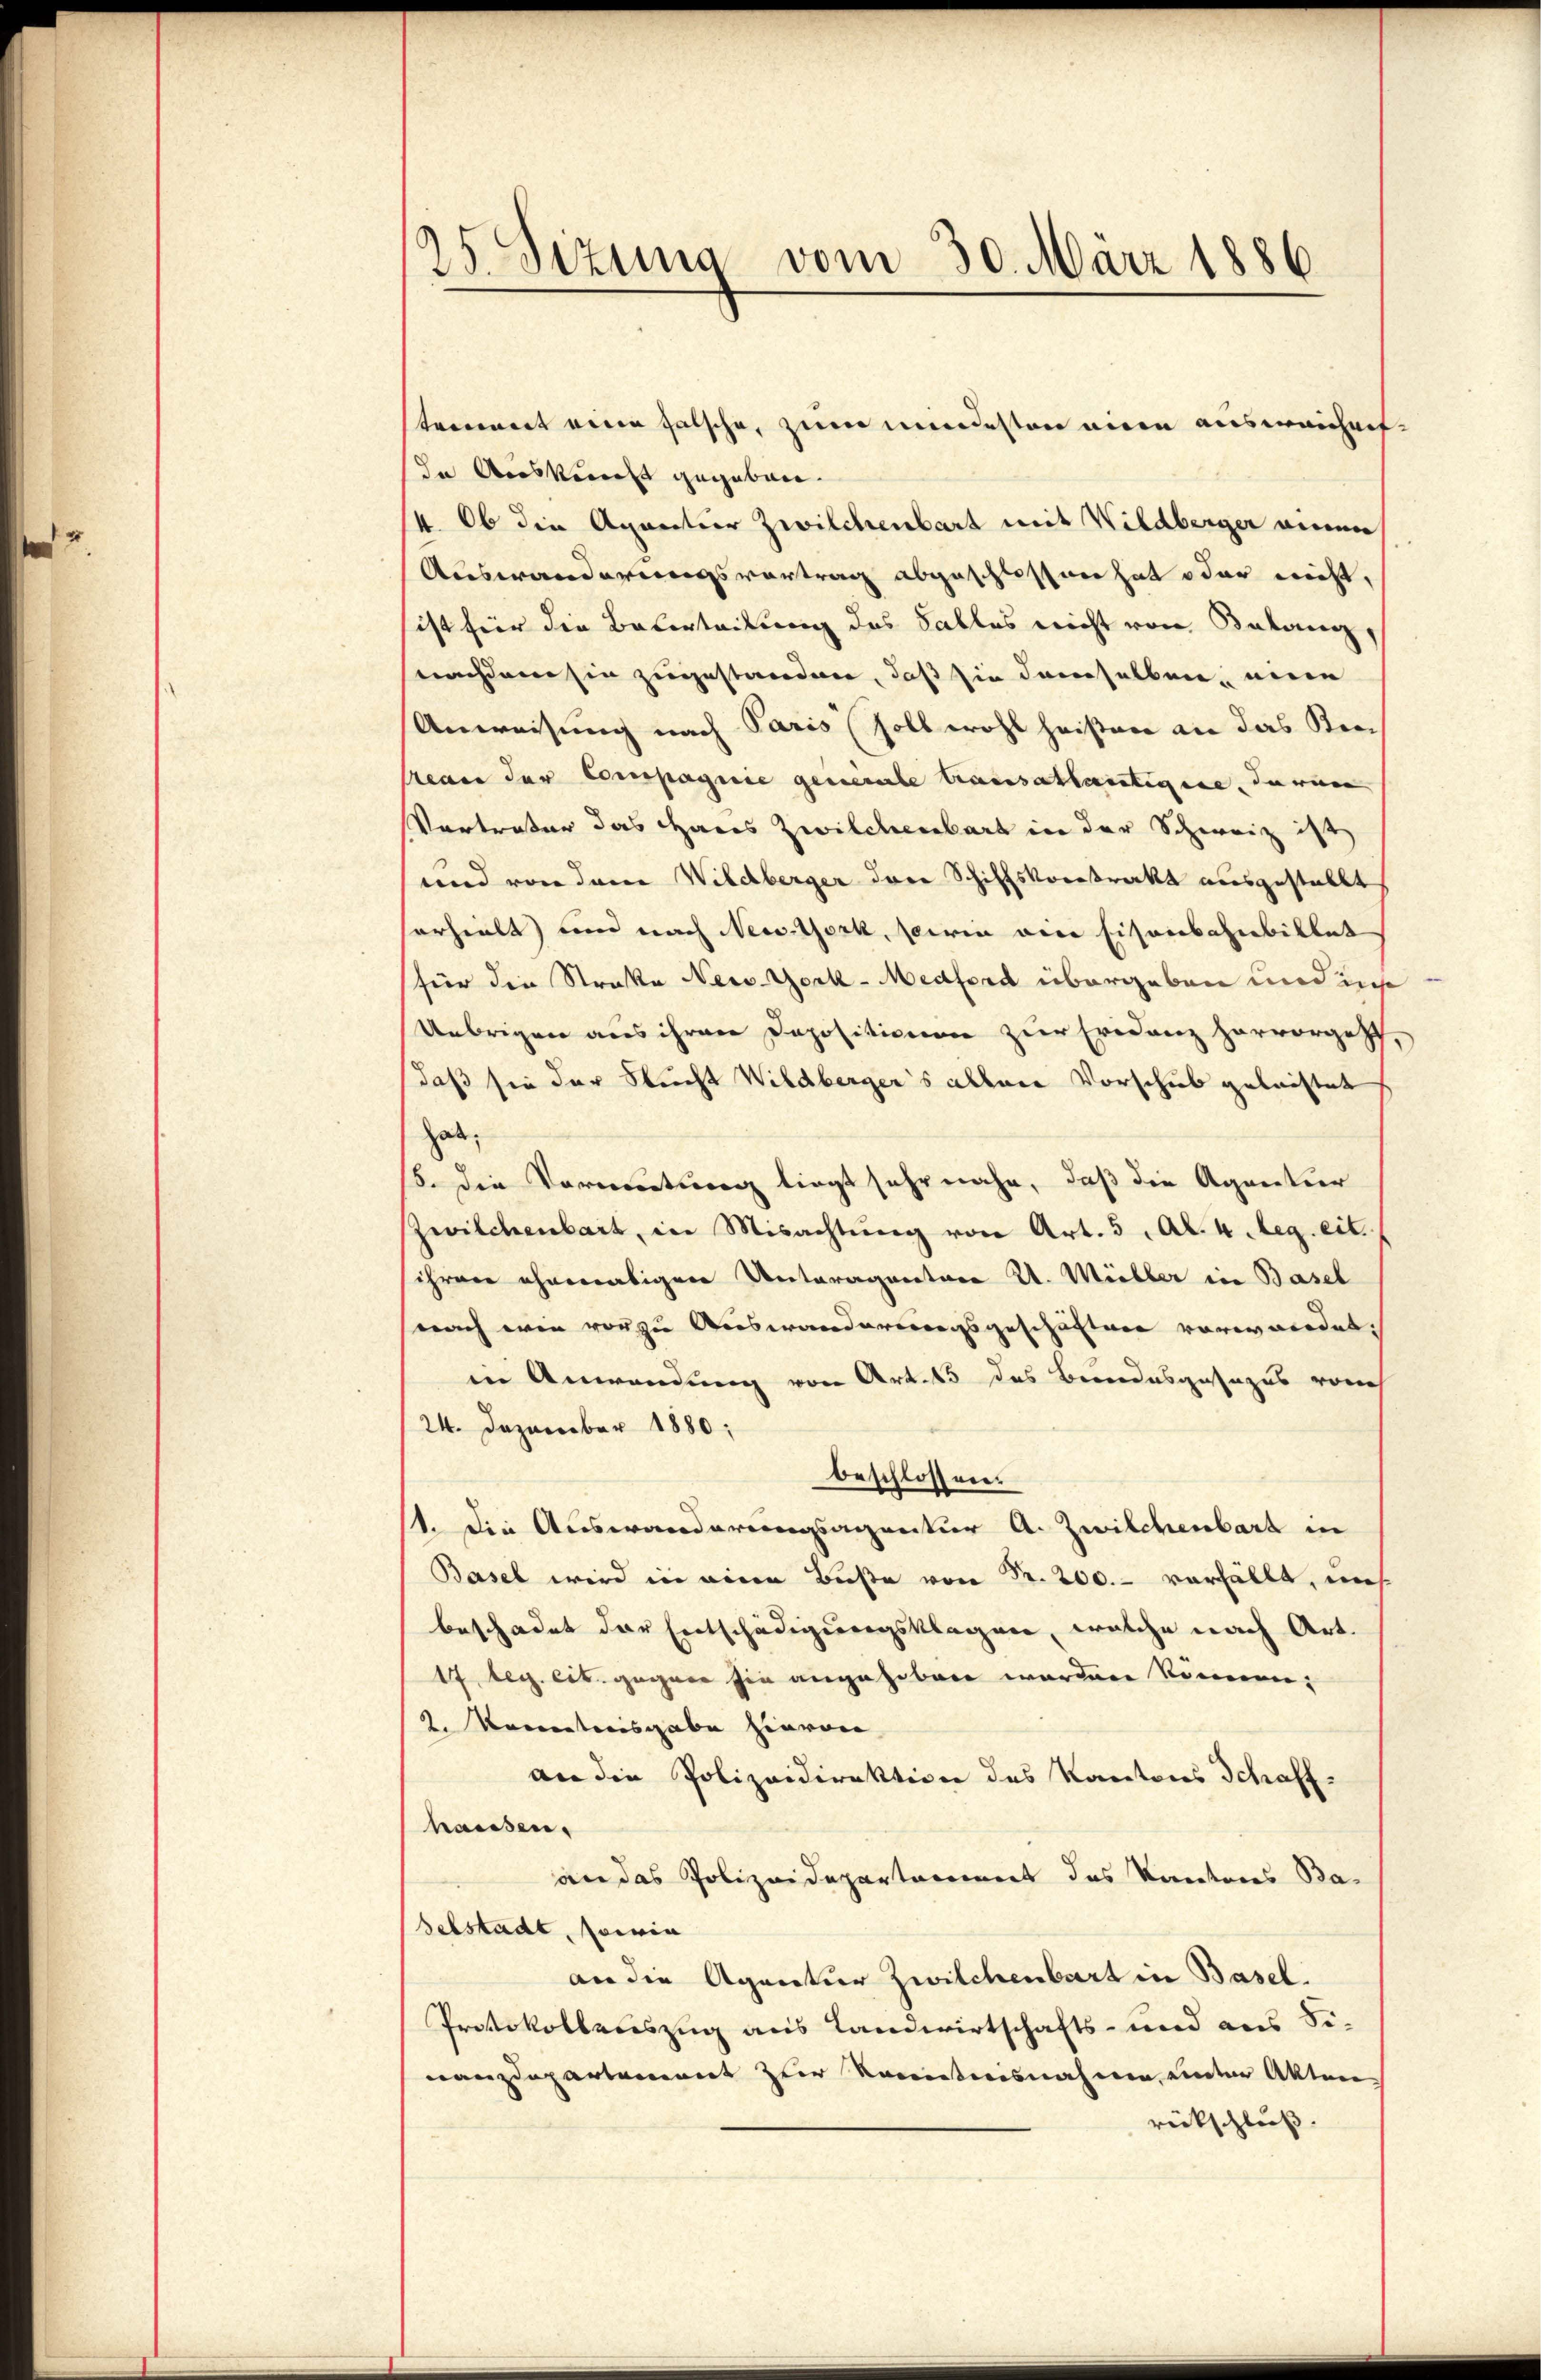
25. Sizung vom 30. März 1886.

toirement eine falsche, zum mindesten mein ausweichnit¬
In Auskunft gegeben.
14. Ob die Agantier Zwilchenbart mit Wildberger einen
Auswanderungsvortrag abgeschlossen hat oder nicht,
ist für die Beterteilung des Falles nicht von Belang,
nachdem sie zugestanden, daß sie demselben, eine
Anweisung nach Paris soll wohl heißen an das Ker¬
Meare der Compagnie generale transathartigene, daran
Vertreter das Haus Zwilchenbart in der Schweiz ist
und von dann Wildberger dere Schiffsvorstrakt ausgestellt
serhielt und nach New-York, sowie ein Eisenbahnbillet
für die Straße New-York-Medford übergeben und is
Übrigen aus ihrer Depositionen zur Evidenz hervorgeht
daß sie der Sucht Wildbergers allene Vorschub geleistet
hab,
8. die Vermutung liegt sehr nahe, daß die Agentur
Zwilchenbart, in Misachtung von Art. 5, Al. 4. Reg. eit.
ihren ehemaligen Unteragentare U. Müller in Basel
nach wie vor zu Auswanderungsgeschäften vorerwredet.
in Anwendung von Art. 15 des Bundesgesezes von
24. Dezember 1880;
beschlossens
st. Die Auswanderungsagentur A. Zwilchenbart in
Basel wird in eine Buße von Fr. 200.- vorfällt, uns
beschadet der Entschädigungsklagen, welche nach Art.
17 bez. cit. gegen sie angehoben worden können,
2. Kanatocisgabe hievon
an die Polizeidirektion des Kantons Schaff-
hausen.
an das Polizeidepartement des Kantons Ba-
selstadt, sowie
an die Agentur Zwilchenbart in Basel.
Protokollenszug aus Landwirtschafts- und aus Si-
nanzdepartement zur Kenntnisnahme unter Aktenrückschluß.